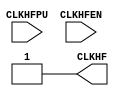
`timescale 1ns/100ps

module SB_HFOSC(input CLKHFPU,
	        input CLKHFEN,
		output reg CLKHF);
    always begin
        CLKHF = 1'b0;
        #10.4166666667;
        CLKHF = 1'b1;
        #10.4166666666;
    end
endmodule